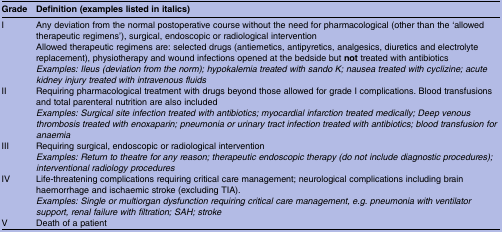
| Grade | Definition (examples listed in italics) |
 | --- | --- |
 | I | Any deviation from the normal postoperative course without the need for pharmacological (other than the ‘allowed therapeutic regimens’), surgical, endoscopic or radiological interventionAllowed therapeutic regimens are: selected drugs (antiemetics, antipyretics, analgesics, diuretics and electrolyte replacement), physiotherapy and wound infections opened at the bedside but not treated with antibioticsExamples: Ileus (deviation from the norm); hypokalemia treated with sando K; nausea treated with cyclizine; acute kidney injury treated with intravenous fluids |
 | II | Requiring pharmacological treatment with drugs beyond those allowed for grade I complications. Blood transfusions and total parenteral nutrition are also includedExamples: Surgical site infection treated with antibiotics; myocardial infarction treated medically; Deep venous thrombosis treated with enoxaparin; pneumonia or urinary tract infection treated with antibiotics; blood transfusion for anaemia |
 | III | Requiring surgical, endoscopic or radiological interventionExamples: Return to theatre for any reason; therapeutic endoscopic therapy (do not include diagnostic procedures); interventional radiology procedures |
 | IV | Life-threatening complications requiring critical care management; neurological complications including brain haemorrhage and ischaemic stroke (excluding TIA).Examples: Single or multiorgan dysfunction requiring critical care management, e.g. pneumonia with ventilator support, renal failure with filtration; SAH; stroke |
 | V | Death of a patient |